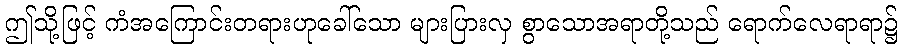
ဤသို့ဖြင့် ကံအကြောင်းတရားဟုခေါ်သော များပြားလှ စွာသောအရာတို့သည် ရောက်လေရာရာ၌